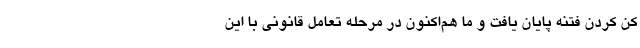
کن کردن فتنه پایان یافت و ما هم‌اکنون در مرحله تعامل قانونی با این